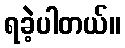
ရခဲ့ပါတယ်။